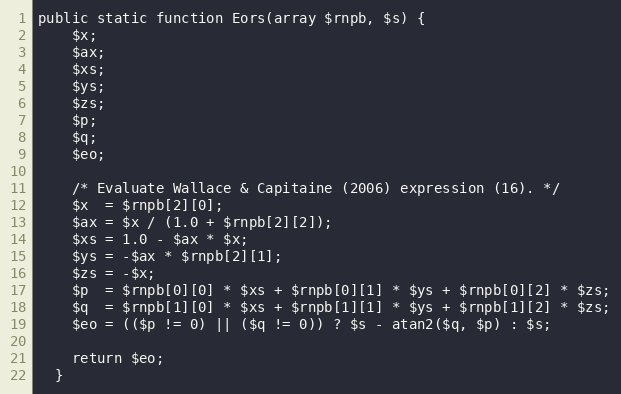
Language: PHP
public static function Eors(array $rnpb, $s) {
    $x;
    $ax;
    $xs;
    $ys;
    $zs;
    $p;
    $q;
    $eo;

    /* Evaluate Wallace & Capitaine (2006) expression (16). */
    $x  = $rnpb[2][0];
    $ax = $x / (1.0 + $rnpb[2][2]);
    $xs = 1.0 - $ax * $x;
    $ys = -$ax * $rnpb[2][1];
    $zs = -$x;
    $p  = $rnpb[0][0] * $xs + $rnpb[0][1] * $ys + $rnpb[0][2] * $zs;
    $q  = $rnpb[1][0] * $xs + $rnpb[1][1] * $ys + $rnpb[1][2] * $zs;
    $eo = (($p != 0) || ($q != 0)) ? $s - atan2($q, $p) : $s;

    return $eo;
  }